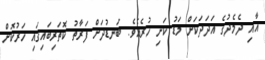
އާއި ދެމެދުގެ އަދަަދަކަށް މަޑު ކަށި ހުރެއެވެ. ބަނޑުދަށް ފަރާތު ކޮތަރިބައިގައި ހަރުކޮށް